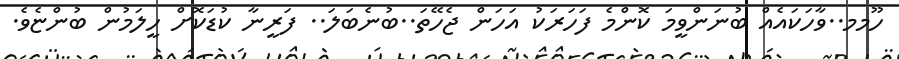
ހޫމމ..ވާހަކައެއް ބުނަންވީމަ ކޮންމެ ފަހަރަކު އަހަން ޖެހޭތަ..ބުނެބަލަ.. ފަރީނާ ކުޑަކޮށް ހީލަމުން ބުންޏެވެ.